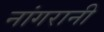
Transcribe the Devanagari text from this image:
नांगरानी